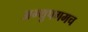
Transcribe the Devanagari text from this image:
अभ्युपगमच